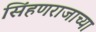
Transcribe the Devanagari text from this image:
सिंहणराजाच्या